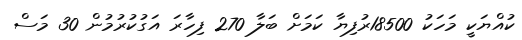
ކުއްޔަކީ މަހަކު 18500ރުފިޔާ ކަމަށް ބަލާ 270 ފިހާރަ އަގުކުރުމުން 30 މަސް